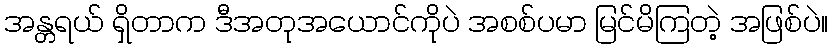
အန္တရယ် ရှိတာက ဒီအတုအယောင်ကိုပဲ အစစ်ပမာ မြင်မိကြတဲ့ အဖြစ်ပဲ။